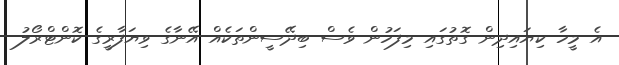
އެ މީހާ ކިޔައިދިން ގޮތުގައި މިފަހުން ވެސް ބިދޭސީންތަކެއް އޭނާގެ ވިޔަފާރީގެ ކޮންޓްރޯލު